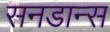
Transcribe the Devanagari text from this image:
सनडान्स